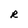
Character: R